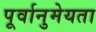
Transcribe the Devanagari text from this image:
पूर्वानुमेयता